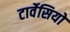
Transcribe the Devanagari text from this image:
टार्वेसियो